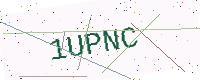
Text: 1UPNC